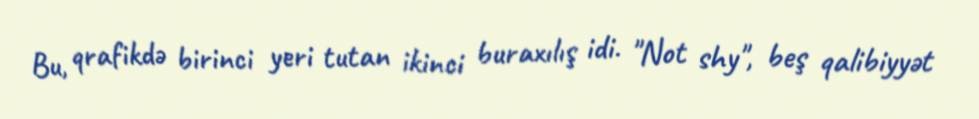
Bu, qrafikdə birinci yeri tutan ikinci buraxılış idi. "Not shy", beş qalibiyyət